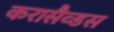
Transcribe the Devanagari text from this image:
करासैव्डस